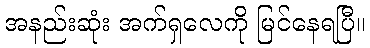
အနည်းဆုံး အက်ရှလေကို မြင်နေရပြီ။